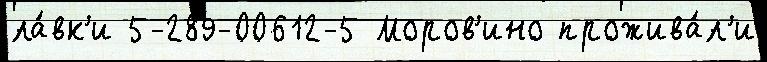
ла́вк'и 5-289-00612-5 Моров'ино прожива́л'и